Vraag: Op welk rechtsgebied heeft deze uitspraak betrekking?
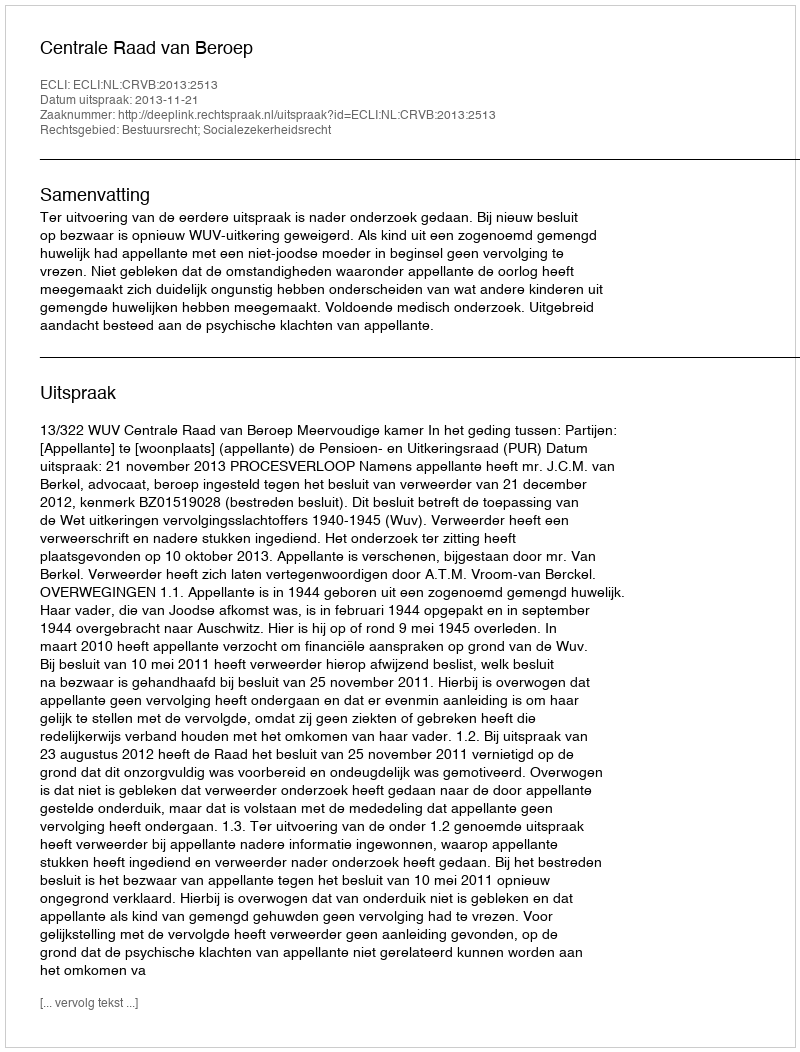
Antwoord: Bestuursrecht; Socialezekerheidsrecht